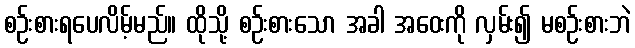
စဉ်းစားရပေလိမ့်မည်။ ထိုသို့ စဉ်းစားသော အခါ အဝေးကို လှမ်း၍ မစဉ်းစားဘဲ